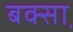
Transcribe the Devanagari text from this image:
बक्सा़